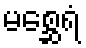
မစ္ဆေရံ